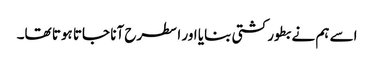
اسے ہم نے بطور کشتی بنایا اور ا سطرح آنا جاتا ہوتا تھا۔